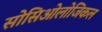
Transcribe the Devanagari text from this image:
सोसिओलोजिकल